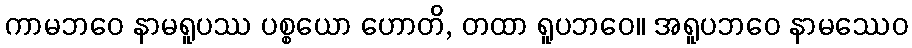
ကာမဘဝေ နာမရူပဿ ပစ္စယော ဟောတိ, တထာ ရူပဘဝေ။ အရူပဘဝေ နာမဿေဝ